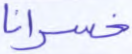
خسرانا